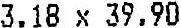
3.18 X 39.90